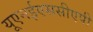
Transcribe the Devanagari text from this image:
यूएनईएससीएपी